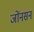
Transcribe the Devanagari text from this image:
जोंनसन